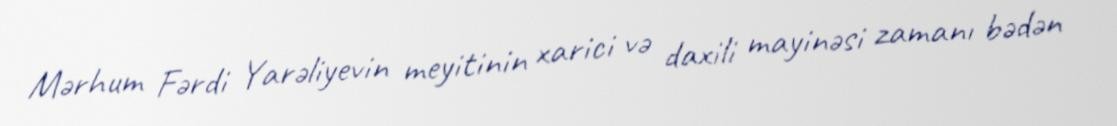
Mərhum Fərdi Yarəliyevin meyitinin xarici və daxili mayinəsi zamanı bədən